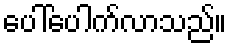
ပေါ်ပေါက်လာသည်။